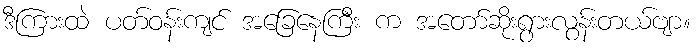
ဒီကြားထဲ ပတ်ဝန်းကျင် အခြေနေကြီး က အတော်ဆိုးရွားလွန်းတယ်ဗျာ။